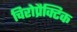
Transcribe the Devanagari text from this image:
चिरोप्रैक्टिक